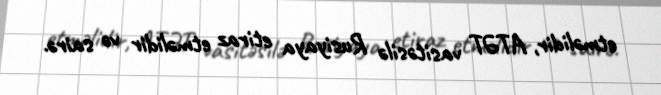
etməlidir, ATƏT vasitəsilə Rusiyaya etiraz etməlidir və sairə.